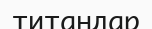
титандар